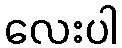
လေးပါ